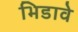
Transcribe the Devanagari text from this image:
भिडावे